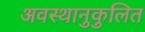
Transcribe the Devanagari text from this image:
अवस्थानुकुलित